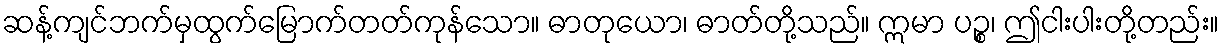
ဆန့်ကျင်ဘက်မှထွက်မြောက်တတ်ကုန်သော။ ဓာတုယော၊ ဓာတ်တို့သည်။ ဣမာ ပဉ္စ၊ ဤငါးပါးတို့တည်း။